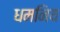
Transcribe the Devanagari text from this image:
धमनिय